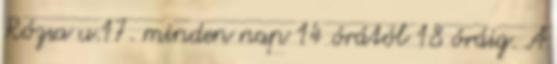
Rózsa u.17. minden nap 14 órától 18 óráig. A